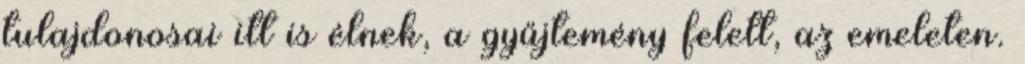
tulajdonosai itt is élnek, a gyűjtemény felett, az emeleten.